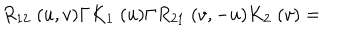
R _ { 1 2 } \; ( u , v ) \Gamma K _ { 1 } \; ( u ) \Gamma R _ { 2 1 } \; ( v , - u ) K _ { 2 } \; ( v ) =